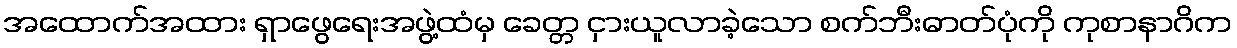
အထောက်အထား ရှာဖွေရေးအဖွဲ့ထံမှ ခေတ္တ ငှားယူလာခဲ့သော စက်ဘီးဓာတ်ပုံကို ကုစာနာဂိက